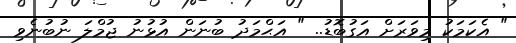
" އެކަމަކު މިވަރަށް އަގުބޮޑު.. " އަޙްމަދު ބުނަން އުޅުނު ޖުމްލަ ނުބުނެވި